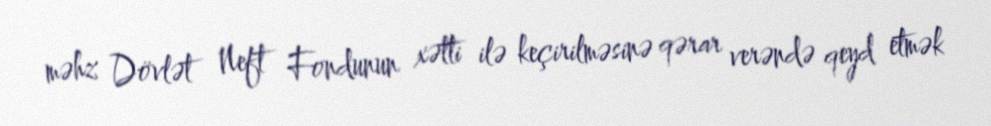
məhz Dövlət Neft Fondunun xətti ilə keçirilməsinə qərar verəndə qeyd etmək